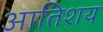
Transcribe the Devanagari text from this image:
आतिशय